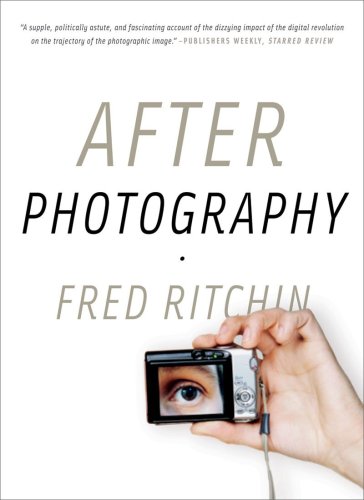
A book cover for After Photography; Fred Ritchin; Arts & Photography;